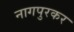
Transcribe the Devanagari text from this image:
नागपुरकर